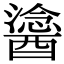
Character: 𨢯